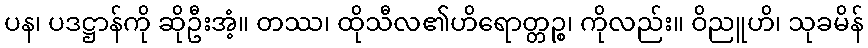
ပန၊ ပဒဋ္ဌာန်ကို ဆိုဦးအံ့။ တဿ၊ ထိုသီလ၏ဟိရောတ္တဉ္စ၊ ကိုလည်း။ ဝိညူဟိ၊ သုခမိန်